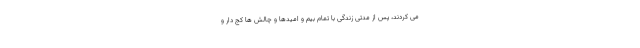
می کردند، پس از مدتی زندگی با تمام بیم و امیدها و چالش ها کج دار و